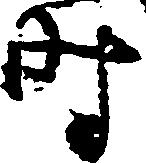
時